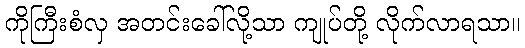
ကိုကြီးစံလှ အတင်းခေါ်လို့သာ ကျုပ်တို့ လိုက်လာရသာ။